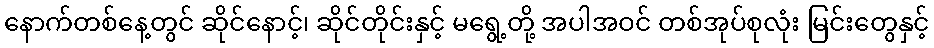
နောက်တစ်နေ့တွင် ဆိုင်နောင့်၊ ဆိုင်တိုင်းနှင့် မရွေ့တို့ အပါအဝင် တစ်အုပ်စုလုံး မြင်းတွေနှင့်